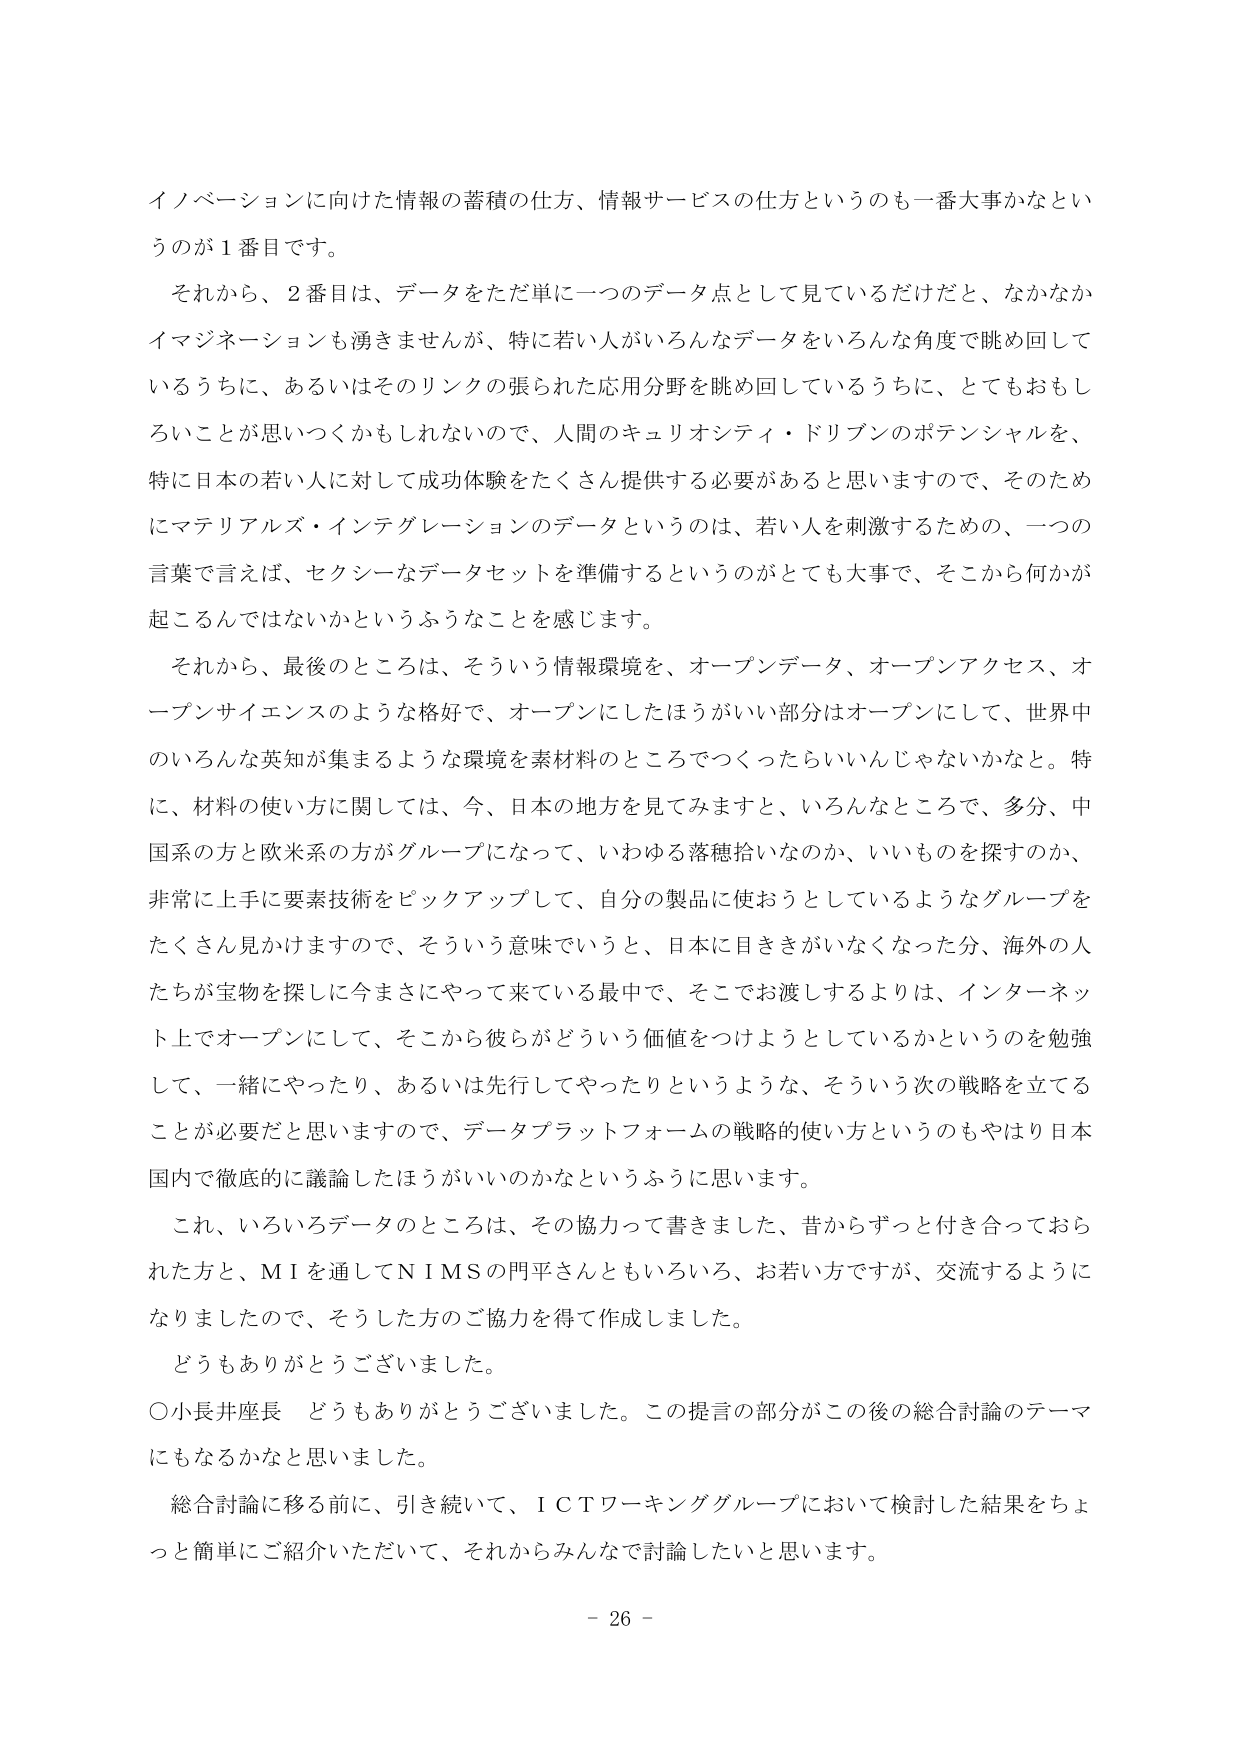
イノベーションに向けた情報の蓄積の仕方、情報サービスの仕方というのも一番大事かなというのが１番目です。

それから、２番目は、データをただ単に一つのデータ点として見ているだけだと、なかなかイマジネーションも湧きませんが、特に若い人がいろんなデータをいろんな角度で眺め回しているうちに、あるいはそのリンクの張られた応用分野を眺め回しているうちに、とてもおもしろいことが思いつくかもしれないのです。人間のキュリオシティ・ドリブンのポテンシャルを、特に日本の若い人に対して成功体験をたくさん提供する必要があると思いますので、そのためにマテリアルズ・インテグレーションのデータというのは、若い人を刺激するための、一つの言葉で言えば、セクシーなデータセットを準備するというのがとても大事で、そこから何かが起こるんではないかというふうなことを感じます。

それから、最後のところは、そういう情報環境を、オープンデータ、オープンアクセス、オープンサイエンスのような格好で、オープンにしたほうがいい部分はオープンにして、世界中のいろんな英知が集まるような環境を素材料のところでつくったらいいんじゃないかなと。特に、材料の使い方に関しては、今、日本の地方を見てみますと、いろんなところで、多分、中国系の方と欧米系の方がグループになって、いわゆる落穂拾いなのか、いいものを探すのか、非常に上手に要素技術をピックアップして、自分の製品に使おうとしているようなグループをたくさん見かけますので、そういう意味でいうと、日本に目をさがいなくなった分、海外の人たちが宝物を探しに今まさにやって来ている最中で、そこでお渡しするよりは、インターネット上でオープンにして、そこから彼らがどういう価値をつけようとしているかというのを勉強して、一緒にやったり、あるいは先行してやったりというような、そういう次の戦略を立てることが必要だと思いますので、データプラットフォームの戦略的使い方というのもやはり日本国内で徹底的に議論したほうがいいのかなというふうに思います。

これ、いろいろデータのところは、その協力って書きました、昔からずっと付き合っておられた方と、MIを通してNIMSの門平さんともいろいろ、お若い方ですが、交流するようになりましたので、そうした方のご協力を得て作成しました。

どうもありがとうございました。

○小長井座長　どうもありがとうございました。この提言の部分がこの後の総合討論のテーマにもなるかなと思いました。

総合討論に移る前に、引き続いて、ICTワーキンググループにおいて検討した結果をちょっと簡単にご紹介いただいて、それからみんなで討論したいと思います。

- 26 -